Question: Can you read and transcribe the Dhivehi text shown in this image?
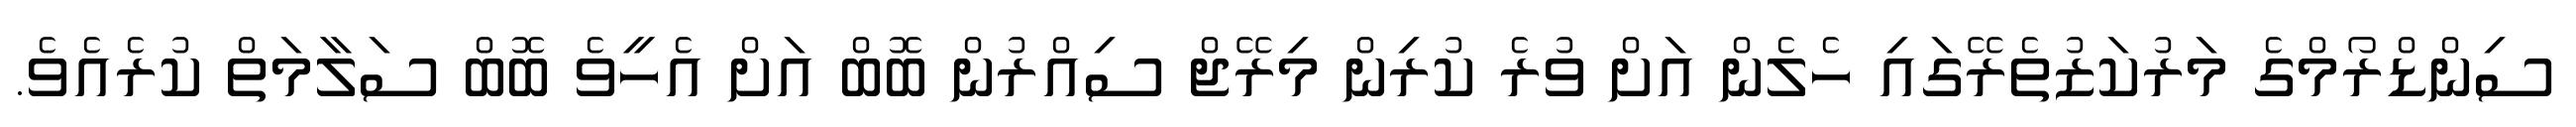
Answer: ސިންޑްރޯމްގެ މަރުކަޒުތެރޭގައި ހެލެން އަށް ވުރެ ކުރިން މިރޭޖް ސިއްރުން ބޮބް އަށް އެހީވެ ބޮބް ސަލާމަތް ކުރެއެވެ.